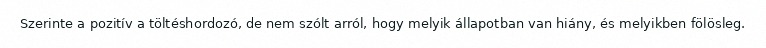
Szerinte a pozitív a töltéshordozó, de nem szólt arról, hogy melyik állapotban van hiány, és melyikben fölösleg.